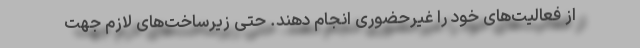
از فعالیت‌های خود را غیرحضوری انجام دهند. حتی زیرساخت‌های لازم جهت